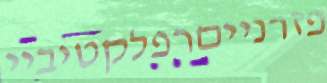
פזרנייםרפלקטיביי